Vaccination United Provinces of Agra and Oudh 1902-1913 - 1902-1913
Year: 1902
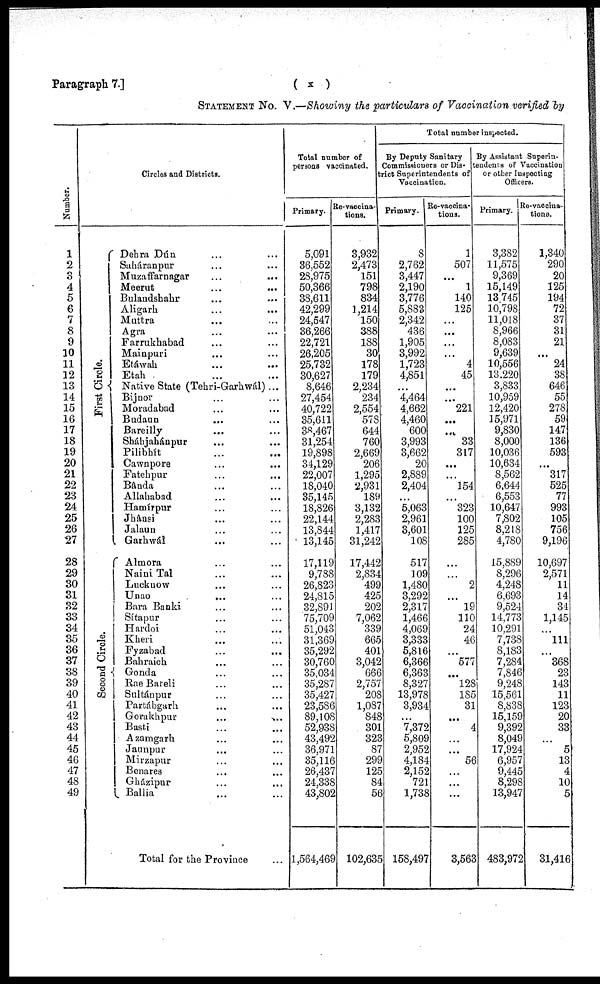
Paragraph 7.]
( x )
STATEMENT No V.—Showing the particulars of Vaccination verified by
Number.
1
2
3
4
5
6
7
8
9
10
11
12
13
14
15
16
17
18
19
20
21
22
23
24
25
26
27
28
29
30
31
32
33
34
35
36
37
38
39
40
41
42
43
44
45
46
47
48
49
Circles and Districts.
First Circle.
Second Circle.
Dehra Dún ... ...
Saháranpur ... ...
Muzaffarnagar ... ...
Meerut ... ...
Bulandshahr ... ...
Aligarh ... ...
Muttra ... ...
Agra ... ...
Farrukhabad ... ...
Mainpuri ... ...
Etáwah ... ...
Etah ... ...
Native State (Tehri-Garhwál) ...
Bijnor ... ...
Moradabad
...
...
Budaun ... ...
Bareilly ... ...
Sháhjahánpur ... ...
Pilibhít ... ...
Cawnpore ... ...
Fatehpur ... ...
Bânda ... ...
Allahabad ... ...
Hamírpur ... ...
Jhânsi ... ...
Jalaun ... ...
Garhwál ... ...
Almora ... ...
Naini Tal ... ...
Lucknow ... ...
Unao ... ...
Bara Banki ... ...
Sítapur ... ...
Hardoi ... ...
Kheri ... ...
Fyzabad ... ...
Bahraich ... ...
Gonda ... ...
Rae Bareli ... ...
Sultánpur ... ...
Partábgarh ... ...
Gorakhpur ... ...
Basti ... ...
Azamgarh ... ...
Jaunpur ... ...
Mirzapur ... ...
Benares ... ...
Gházipur ... ...
Ballia ... ...
Total for the Province ...
Total number of
persons vaccinated.
Primary.
5,091
36,552
28,975
50,366
38,611
42,299
24,547
36,266
22,721
26,205
25,732
30,627
8,646
27,454
40,722
35,611
38,467
31,254
19,898
34,129
22,007
18,040
35,145
18,826
22,144
13,844
13,145
17,119
9,788
26,823
24,815
32,891
75,709
51,043
31,369
35,292
30,760
35,034
35,287
35,427
23,586
89,108
52,938
43,492
36,971
35,116
26,437
24,338
43,802
1,564,469
Re-vaccina¬
tions.
3,932
2,473
151
798
834
1,214
150
388
188
30
178
179
2,234
234
2,554
578
644
760
2,669
206
1,295
2,931
189
3,132
2,283
1,417
31,242
17,442
2,834
499
425
202
7,062
339
665
401
3,042
666
2,757
208
1,087
848
301
323
87
299
125
84
56
102,635
Total number inspected.
By Deputy Sanitary
Commissioners or Dis¬
rict Superintendents of
Vaccination.
Primary.
8
2,762
3,447
2,190
3,776
5,883
2,342
436
1,905
3,992
1,723
4,851
...
4,464
4,662
4,460
600
3,993
3,662
20
2,889
2,404
...
5,063
2,961
3,601
108
517
109
1,480
3,292
2,317
1,466
4,069
3,333
5,816
6,366
6,363
8,327
13,978
3,934
...
7,372
5,809
2,952
4,184
2,152
721
1,738
158,497
Re-vaccina-
tions.
1
507
...
1
140
125
...
...
...
...
4
45
...
...
221
...
...
33
317
...
...
154
...
323
100
125
285
...
...
2
...
19
110
24
46
...
577
...
128
185
31
...
4
...
...
56
...
...
...
3,563
By Assistant Superin¬
endents of Vaccination
or other Inspecting
Officers.
Primary.
3,382
11,575
9,369
15,149
13,745
10,798
11,018
8,966
8,083
9,639
10,556
13,220
3,833
10,959
12,420
15,971
9,830
8,000
10,036
10,634
8,562
6,644
6,553
10,647
7,802
8,218
4,780
15,889
8,296
4,248
6,693
9,524
14,773
10,291
7,738
8,183
7,284
7,846
9,248
15,561
8,838
15,159
9,392
8,049
17,924
6,957
9,445
8,298
13,947
483,972
Re-vaccina¬
tions.
1,340
290
20
125
194
72
37
31
21
...
24
38
646
55
278
59
147
136
593
...
317
525
77
993
105
756
9,196
10,697
2,571
11
14
34
1,145
...
111
...
368
23
143
11
123
20
33
...
5
13
4
10
5
31,416